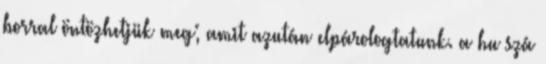
borral öntözhetjük meg; amit azután elpárologtatunk. a hu szá